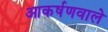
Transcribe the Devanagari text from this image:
आकर्षणवाले